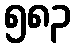
၅၈၃